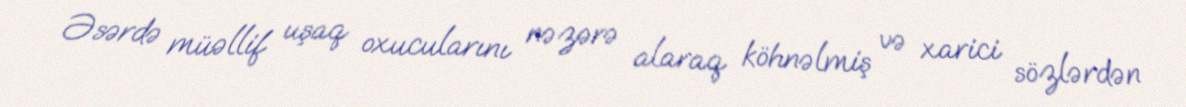
Əsərdə müəllif uşaq oxucularını nəzərə alaraq köhnəlmiş və xarici sözlərdən